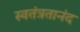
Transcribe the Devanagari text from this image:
स्वतंत्रतानंद